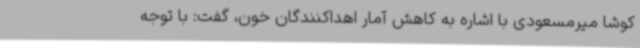
کوشا میرمسعودی با اشاره به کاهش آمار اهداکنندگان خون، گفت: با توجه